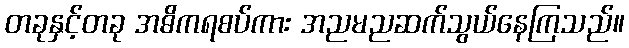
တခုနှင့်တခု အဓိကရစပ်ကား အညမညဆက်သွယ်နေကြသည်။